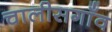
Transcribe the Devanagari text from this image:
चालीसगाँव